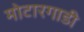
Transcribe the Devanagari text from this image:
मोटारगाडी